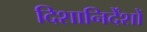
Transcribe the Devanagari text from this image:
दिशानिर्देंशों